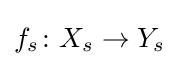
f_{s}\colon X_{s}\rightarrow Y_{s}